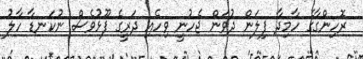
ރޮހިންގާގެ ހާމިދާ ފިލަން ދުވަން ޖެހުނީ ވިހެއި ދަރީގެ ފޫޅުވެސް ނުކަނޑާ ހާލު